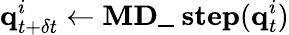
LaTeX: \textbf{q}_{t+\delta t}^{i}\leftarrow\textbf{MD\_ step}(\textbf{q}_{t}^{i})